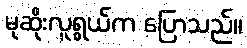
မုဆိုးလူရွယ်က ပြောသည်။